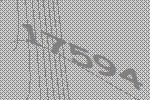
17594